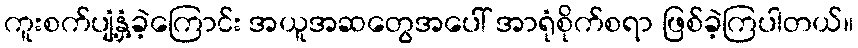
ကူးစက်ပျံ့နှံ့ခဲ့ကြောင်း အယူအဆတွေအပေါ် အာရုံစိုက်စရာ ဖြစ်ခဲ့ကြပါတယ်။